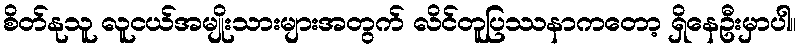
စိတ်နုသူ လူငယ်အမျိုးသားများအတွက် လိင်တူပြဿနာကတော့ ရှိနေဦးမှာပါ။